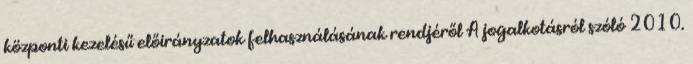
központi kezelésű előirányzatok felhasználásának rendjéről A jogalkotásról szóló 2010.